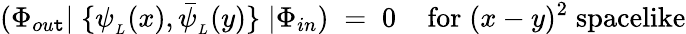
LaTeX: (\Phi_{ou\mathtt{t}}|\; \{ \psi_{_{L}}(x),\bar{{\psi}}_{_{L}}(y)\} \; |\Phi_{in})\; =\; 0\; \; \; \; \mathrm{{for}}\; (x-y)^{2}\; \mathrm{{spacelike}}